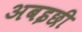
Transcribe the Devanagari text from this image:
अबइछी